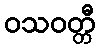
ဝသဝတ္တီ